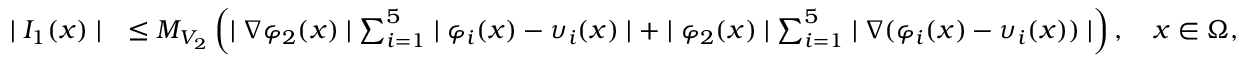
\begin{array} { r l } { \mid I _ { 1 } ( x ) \mid } & { \leq M _ { V _ { 2 } } \left( \mid \nabla \varphi _ { 2 } ( x ) \mid \sum _ { i = 1 } ^ { 5 } \mid \varphi _ { i } ( x ) - \upsilon _ { i } ( x ) \mid + \mid \varphi _ { 2 } ( x ) \mid \sum _ { i = 1 } ^ { 5 } \mid \nabla ( \varphi _ { i } ( x ) - \upsilon _ { i } ( x ) ) \mid \right) , \quad x \in \Omega , } \end{array}